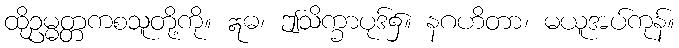
ထိုဥမ္မတ္တကစသူတို့ကို။ ဣဓ၊ ဤသိက္ခာပုဒ်၌။ နဂဟိတာ၊ မယူအပ်ကုန်။